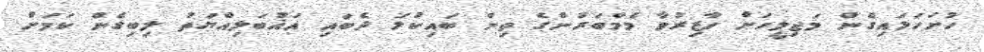
ހުށަހަޅައިގެން މަޖިލީހަށް ހާޒިރުވާ މެމްބަރުންގެ ތިން ބައިކުޅަ ދެބައި އަޣުބަލިއްޔަތު ލިބިގެން ކަމަށް